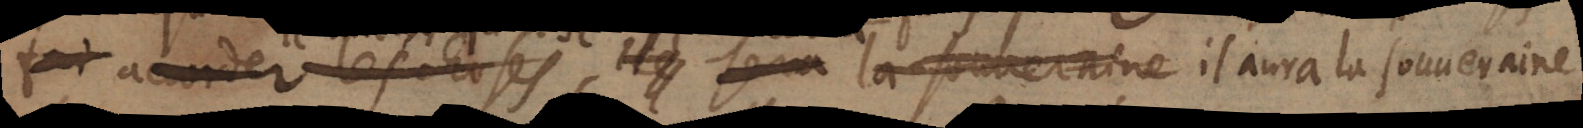
fait accorder les choses il fera la souveraine il aura la souveraine